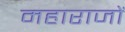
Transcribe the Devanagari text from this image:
महाराजों